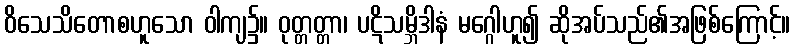
ဝိသေသိတောစဟူသော ဝါကျ၌။ ဝုတ္တတ္တာ၊ ပဋိသမ္ဘိဒါနံ မဂ္ဂေါဟူ၍ ဆိုအပ်သည်၏အဖြစ်ကြောင့်။